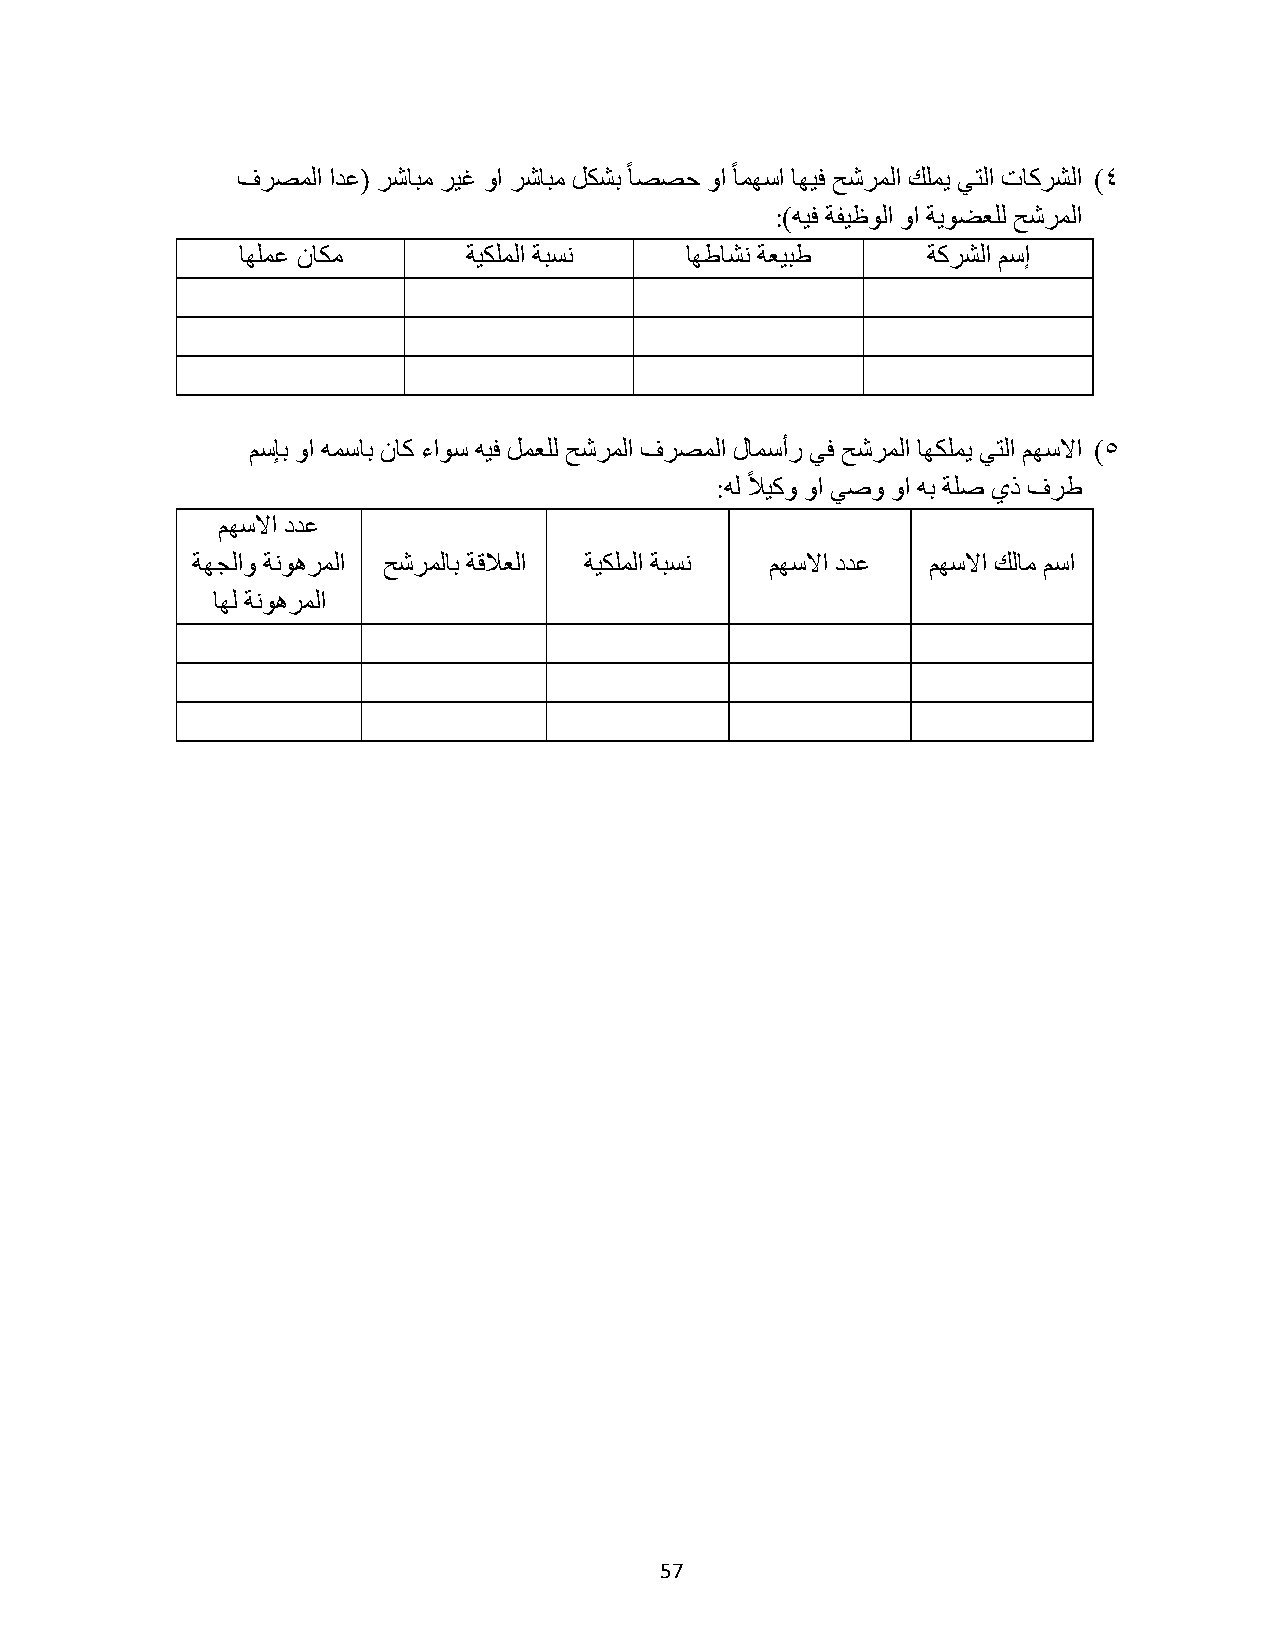
فَظُٔح حيػ( َشخزٓ َ٤ؿ ٝح َشخزٓ ٌَشر ًخظظك ٝح ًخٜٔٓح خٜ٤ك قشَُٔح ئِ٣ ٢ظُح صخًَشُح )ٗ
 :)ٚ٤ك شل٤ظُٞح ٝح ش٣ٞؼؼُِ قشَُٔح
 خِٜٔػ ٕخٌٓ     ش٤ٌُِٔح شزٔٗ  خٜؽخشٗ شؼ٤زؽ    شًَشُح ْٓا
 ْٓبر ٝح ٚٔٓخر ٕخً ءحٞٓ ٚ٤ك َٔؼُِ قشَُٔح فَظُٔح ٍخٔٓأٍ ٢ك قشَُٔح خٌِٜٔ٣ ٢ظُح ْٜٓلاح )٘
 :ُٚ ًلا٤ًٝ ٝح ٢طٝ ٝح ٚر شِط ١ً فَؽ
 ْٜٓلاح ىيػ
 شٜـُحٝ شَُٗٞٛٔح قشَُٔخر شهلاؼُح ش٤ٌُِٔح شزٔٗ ْٜٓلاح ىيػ ْٜٓلاح يُخٓ ْٓح
 خُٜ شَُٗٞٛٔح
 57